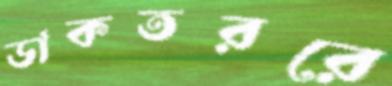
ডাকতররে